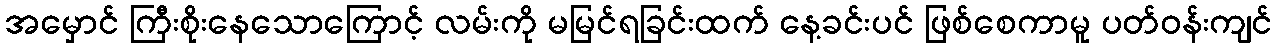
အမှောင် ကြီးစိုးနေသောကြောင့် လမ်းကို မမြင်ရခြင်းထက် နေ့ခင်းပင် ဖြစ်စေကာမူ ပတ်ဝန်းကျင်